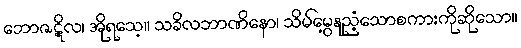
ဘောဇဋိလ၊ အိုရသေ့။ သခိလဘာဏိနော၊ သိမ်မွေ့နုညံ့သောစကားကိုဆိုသော။